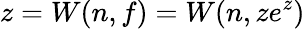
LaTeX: z=W(n,f)=W(n,ze^{z})